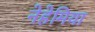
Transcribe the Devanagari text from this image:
नेहेमिया